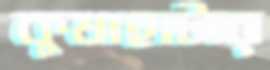
কুষাহাটার